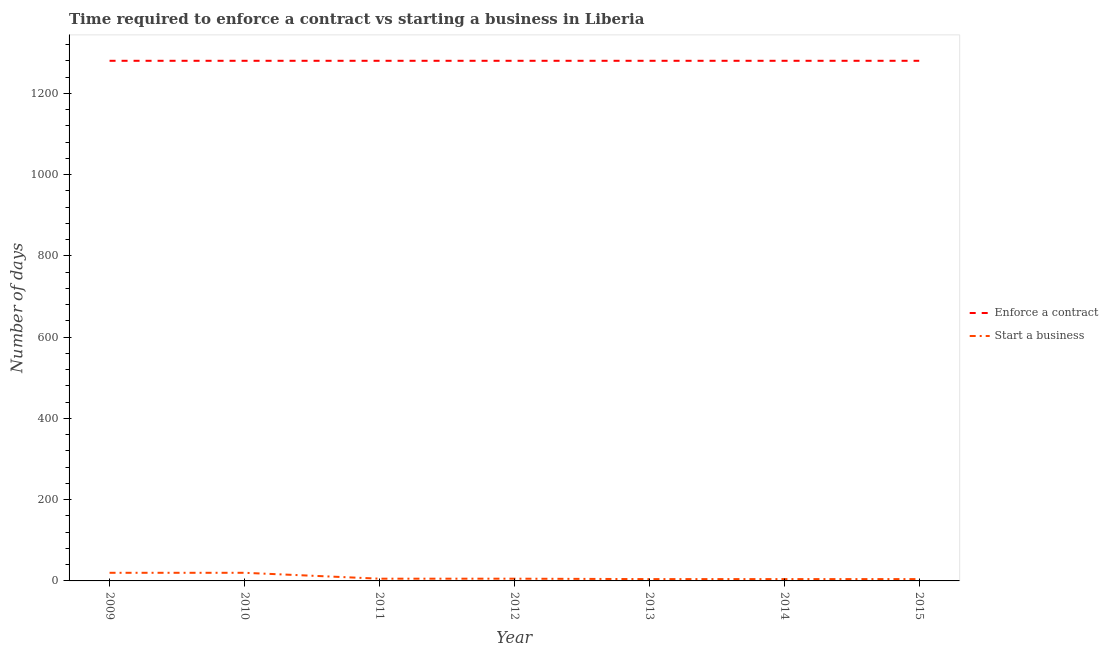
| Year | Enforce a contract | Start a business |
 | --- | --- | --- |
 | 2009 | 1.28e+03 | 20 |
 | 2010 | 1.28e+03 | 20 |
 | 2011 | 1.28e+03 | 5.5 |
 | 2012 | 1.28e+03 | 5.5 |
 | 2013 | 1.28e+03 | 4.5 |
 | 2014 | 1.28e+03 | 4.5 |
 | 2015 | 1.28e+03 | 4.5 |